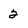
Character: 2